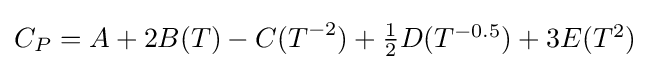
C_{P}=A+2B(T)-C(T^{-2})+\textstyle {\frac {1}{2}}D(T^{-0.5})+3E(T^{2})